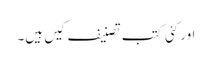
اور کئی کتب تصنیف کیں ہیں۔